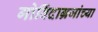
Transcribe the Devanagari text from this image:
गोविंदाग्रजांच्या